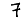
Digit: 7